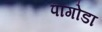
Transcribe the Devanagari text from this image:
पागोडा